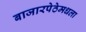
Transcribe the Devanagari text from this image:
बाजारपेठेमधला